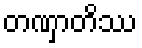
တဏှာတိဿ